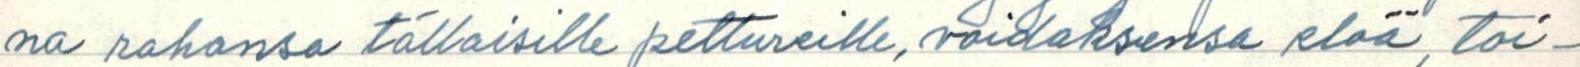
na rahansa tällaisille pettureille, voidaksensa elää, toi-